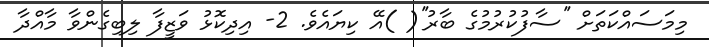
މިމަސައްކަތަށް ''ސާފުކުރުމުގެ ބާރު''( )އޭ ކިޔައެވެ. 2- އިދިކޮޅު ވަޒީފާ ލިބިގެންވާ މާއްދާ